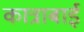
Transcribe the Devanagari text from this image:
कात्राबाई